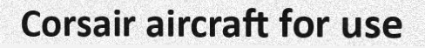
Corsair aircraft for use